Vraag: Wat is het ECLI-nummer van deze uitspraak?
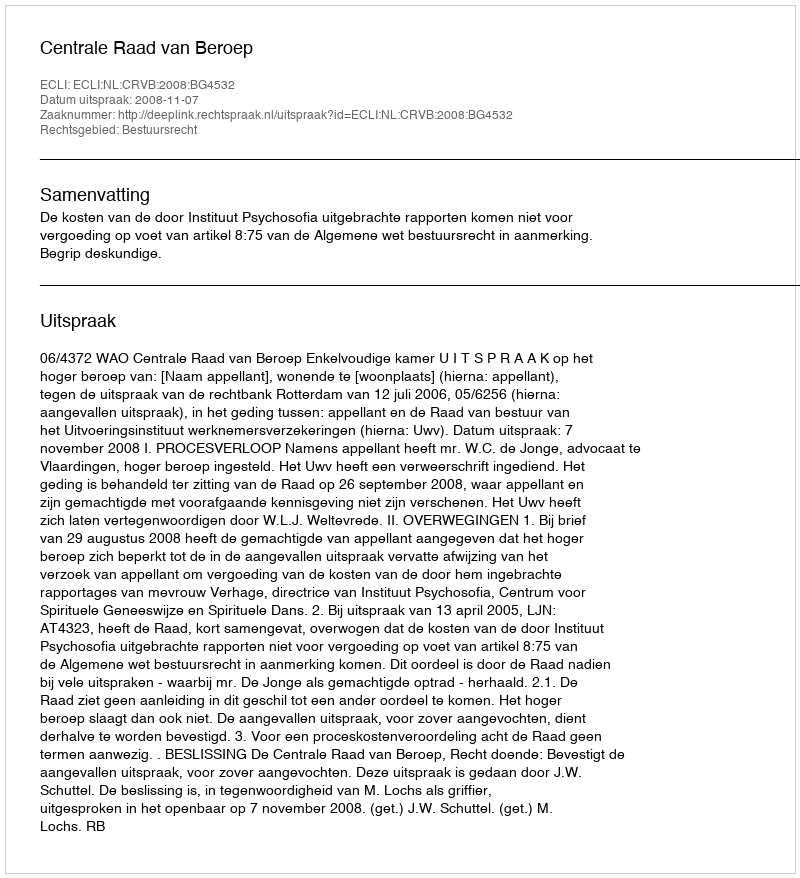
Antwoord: ECLI:NL:CRVB:2008:BG4532